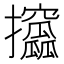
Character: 攨